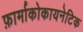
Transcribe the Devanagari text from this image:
फ़ार्माकोकायनेटिक